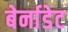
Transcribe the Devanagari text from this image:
बेर्नाडेट